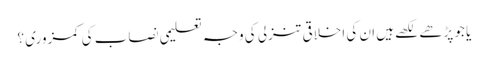
یا جو پڑھے لکھے ہیں ان کی اخلاقی تنزلی کی وجہ تعلیمی نصاب کی کمزوری ؟